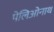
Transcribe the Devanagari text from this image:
पेलिओनाथ